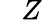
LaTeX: ~~~Z